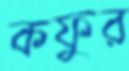
কফুর